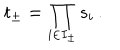
t _ { \pm } = \prod _ { i \in I _ { \pm } } s _ { i } \, .